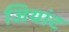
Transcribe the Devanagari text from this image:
जियांट